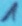
Text: 1